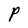
Character: P